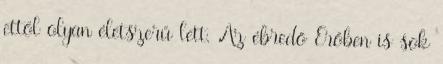
ettől olyan életszerű lett. Az ébredő Erőben is sok